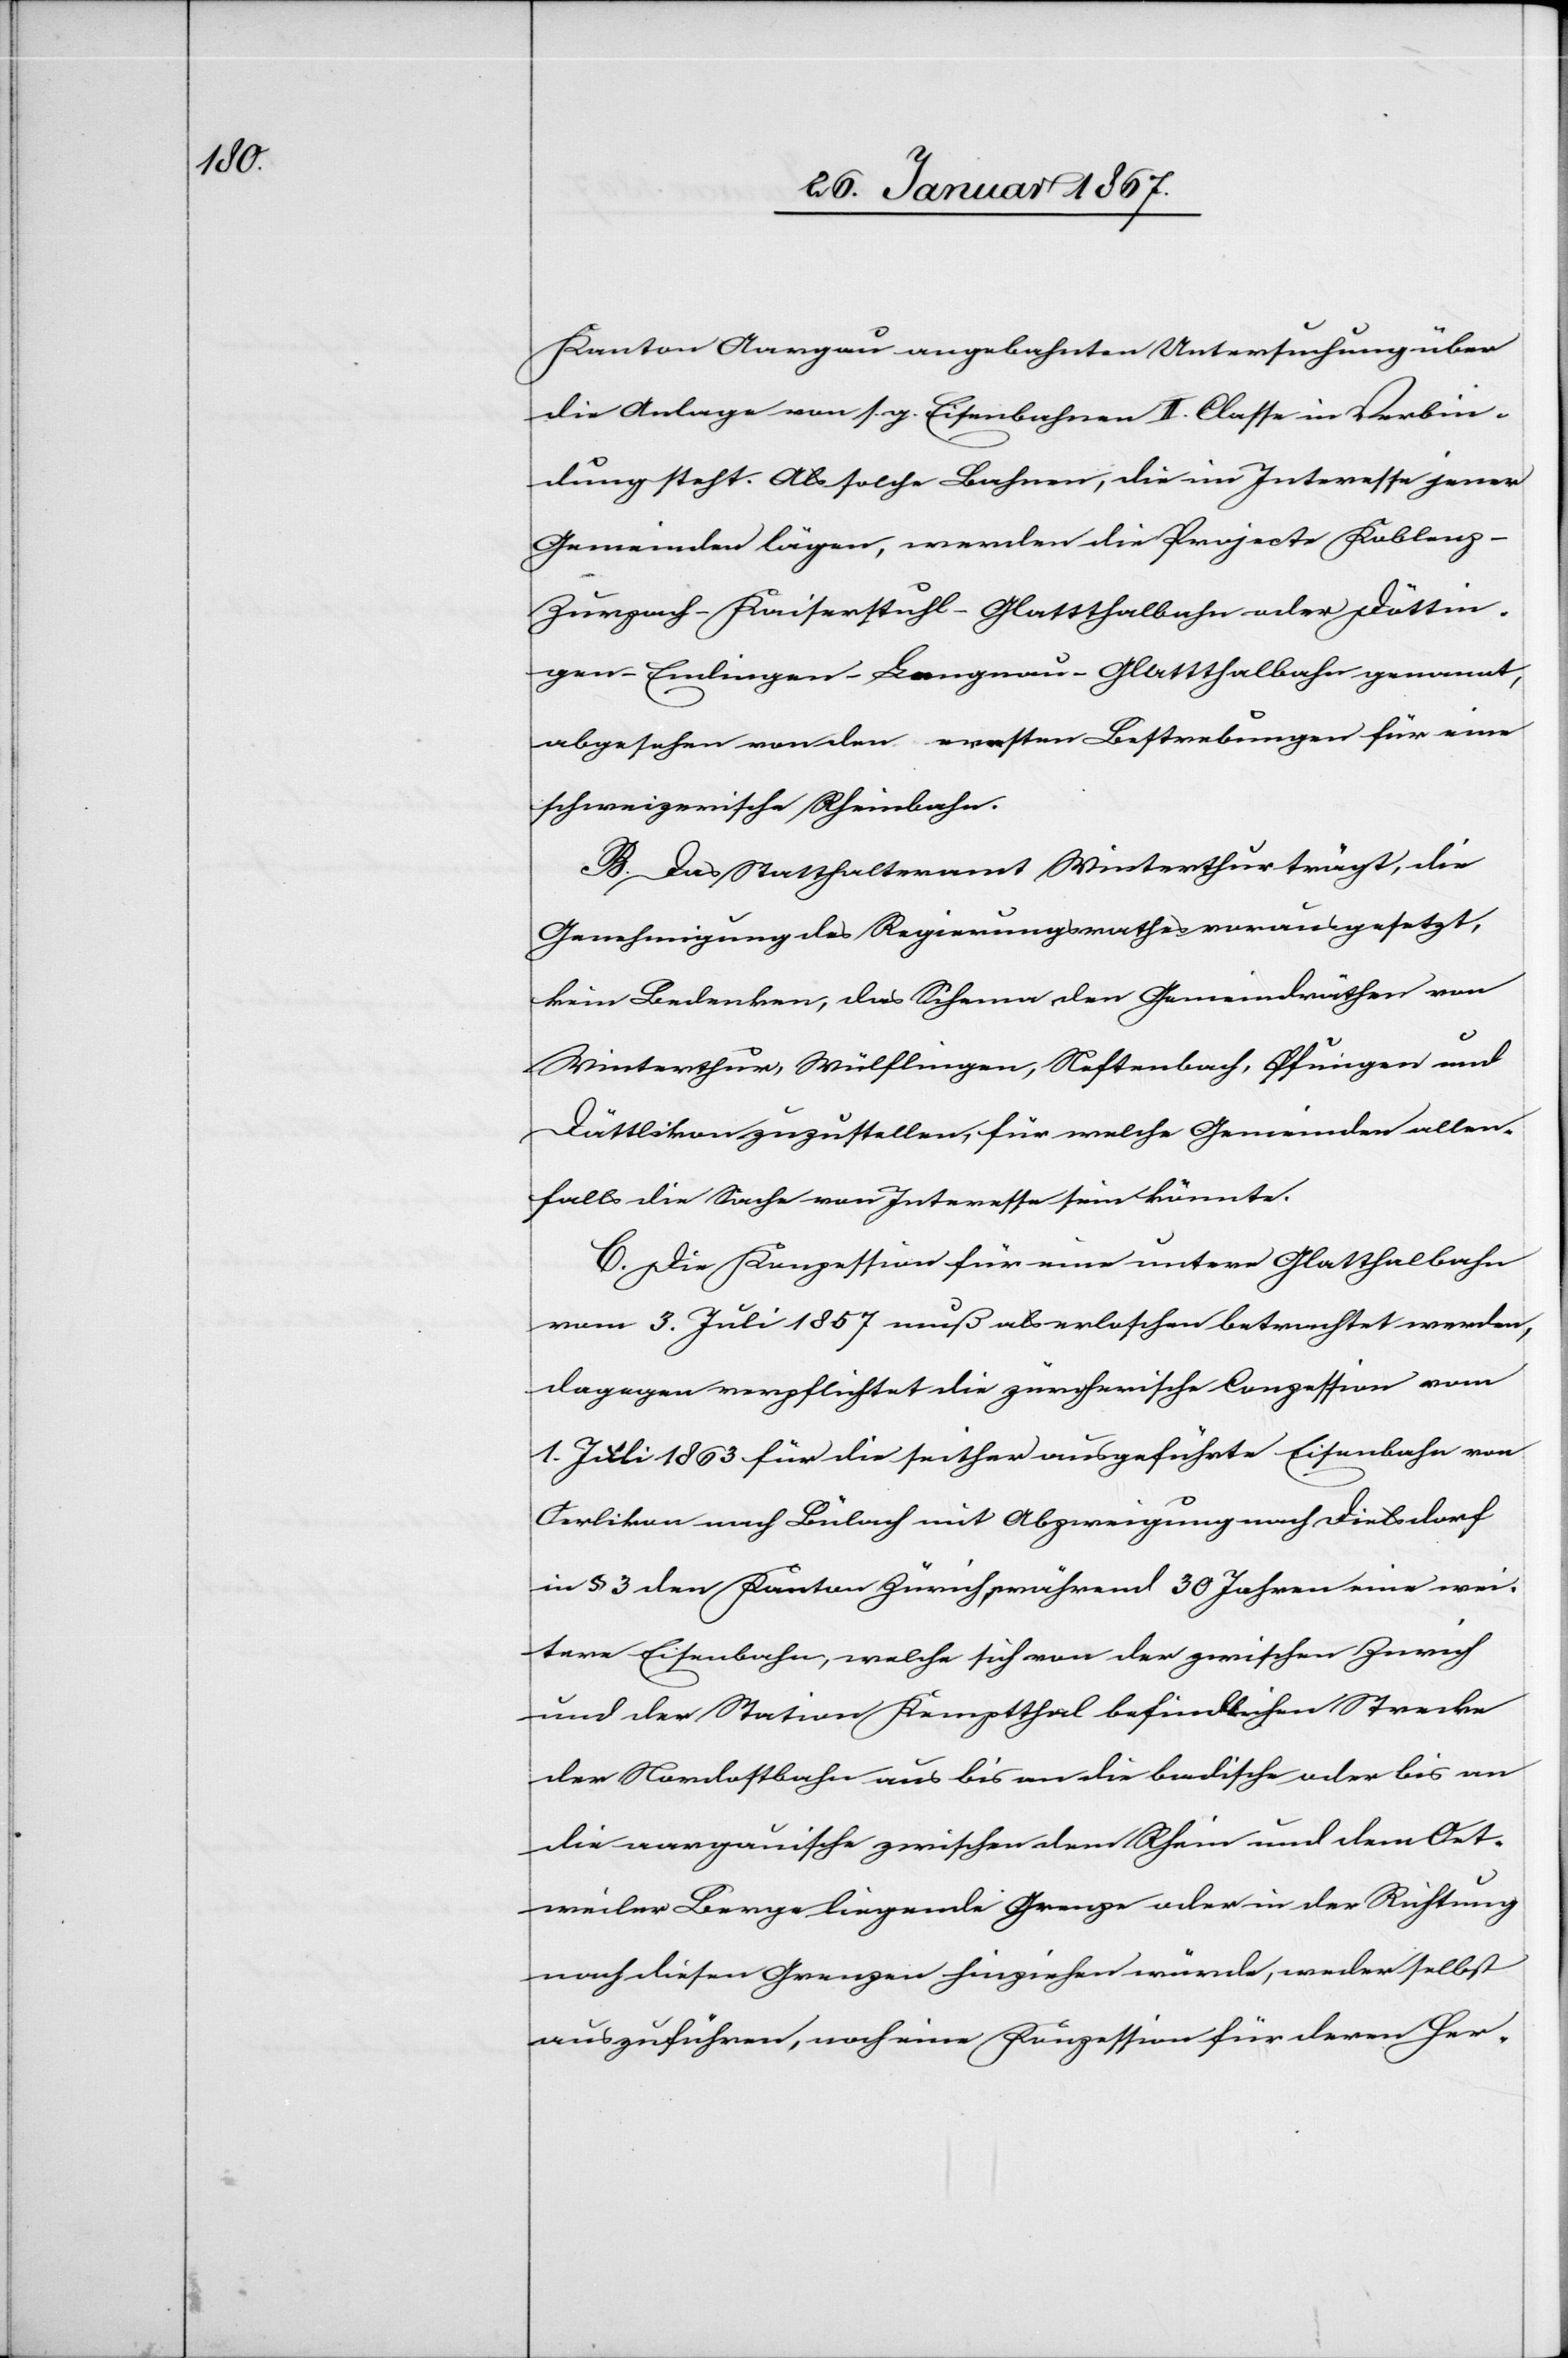
Kanton Aargau angebahnten Untersuchung über
die Anlage von s. g. Eisenbahnen II. Classe in Verbin¬
dung steht. Als solche Bahnen, die im Interesse jener
Gemeinden lägen, werden die Projecte Koblenz-Z¬
urzach-Kaiserstuhl-Glattthalbahn oder Döttin¬
gen-Endingen-Langnau-Glattthalbahn genannt,
abgesehen von den ersten Bestrebungen für eine
schweizerische Rheinbahn.
B. Das Statthalteramt Winterthur trägt, die
Genehmigung des Regierungsrathes vorausgesetzt,
kein Bedenken, das Schema den Gemeindräthen von
Winterthur, Wülflingen, Neftenbach, Pfungen und
Dättlikon zuzustellen, für welche Gemeinden allen¬
falls die Sache von Interesse sein könnte.
C. Die Konzession für eine untere Glatthalbahn
vom 3. Juli 1857 muß als erloschen betrachtet werden,
dagegen verpflichtet die zürcherische Conzession vom
1. Juli 1863 für die seither ausgeführte Eisenbahn von
Oerlikon nach Bülach mit Abzweigung nach Dielsdorf
in § 3 den Kanton Zürich während 30 Jahren eine wei¬
tere Eisenbahn, welche sich von der zwischen Zürich
und der Station Kemptthal befindlichen Strecke
der Nordostbahn aus bis an die badische oder bis an
die aargauische zwischen dem Rhein und dem Ort¬
meiler Berge liegende Grenze oder in der Richtung
nach diesen Grenzen hinziehen würde, weder selbst
auszuführen, noch eine Konzession für deren Her-